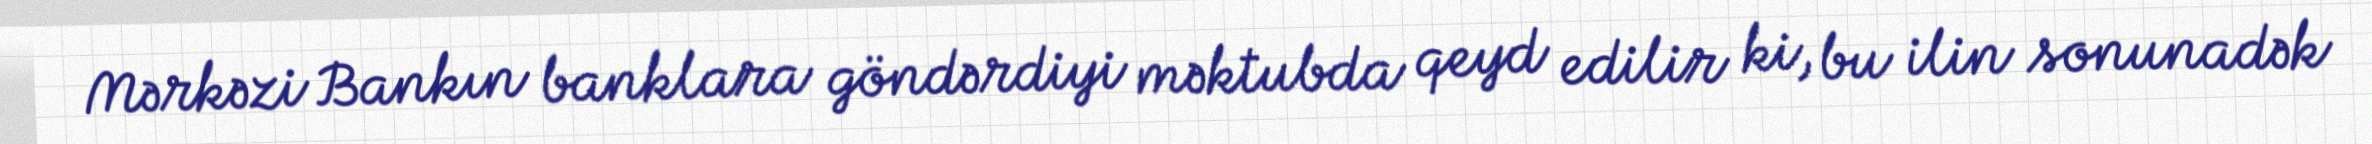
Mərkəzi Bankın banklara göndərdiyi məktubda qeyd edilir ki, bu ilin sonunadək